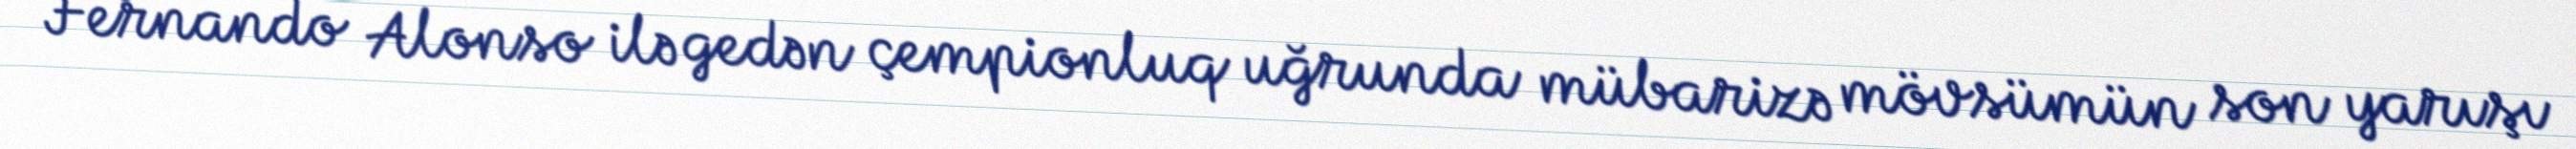
Fernando Alonso ilə gedən çempionluq uğrunda mübarizə mövsümün son yarışı